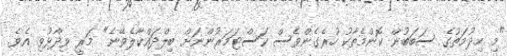
"މި ހިދުމަތުގެ ސަބަބުން ކޮންމެތާކު ހުރެގެންވެސް ކަސްޓަމަރުންނަށް ބިލްދައްކާލެވޭނެ" މަރީ ވިދާޅުވި އެވެ.